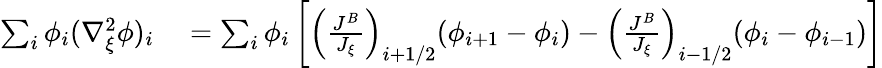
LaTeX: \begin{array}{rl}{\sum_{i}\phi_{i}(\nabla_{\xi}^{2}\phi)_{i}}&{{}=\sum_{i}\phi_{i}\left[\left(\frac{J^{B}}{J_{\xi}}\right)_{i+1/2}(\phi_{i+1}-\phi_{i})-\left(\frac{J^{B}}{J_{\xi}}\right)_{i-1/2}(\phi_{i}-\phi_{i-1})\right]}\end{array}